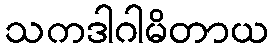
သကဒါဂါမိတာယ